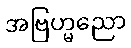
အဗြဟ္မညော